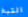
التبغ